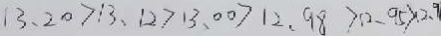
1 3 . 2 0 > 1 3 . 1 2 > 1 3 . 0 0 > 1 2 . 9 8 > 1 2 . 9 5 > 1 2 . 9